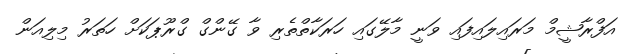
އަފްރާޝީމް މަރައިލައިފައި ވަނީ މާލޭގައި ހަރަކާތްތެރި ވާ ގޭންގް ގްރޫޕަކަށް ހަތަރު މިލިއަން